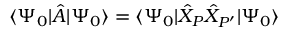
\langle \Psi _ { 0 } | \hat { A } | \Psi _ { 0 } \rangle = \langle \Psi _ { 0 } | \hat { X } _ { P } \hat { X } _ { P ^ { \prime } } | \Psi _ { 0 } \rangle